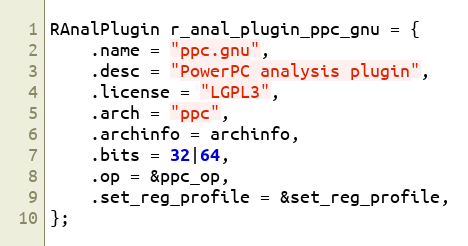
Language: C
RAnalPlugin r_anal_plugin_ppc_gnu = {
	.name = "ppc.gnu",
	.desc = "PowerPC analysis plugin",
	.license = "LGPL3",
	.arch = "ppc",
	.archinfo = archinfo,
	.bits = 32|64,
	.op = &ppc_op,
	.set_reg_profile = &set_reg_profile,
};